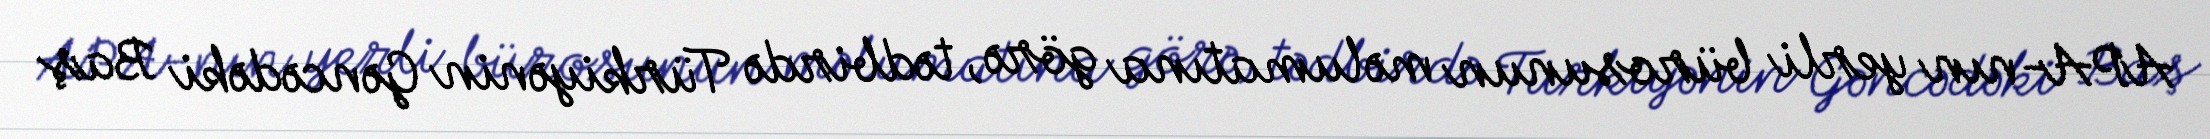
APA-nın yerli bürosunun məlumatına görə, tədbirdə Türkiyənin Gəncədəki Baş